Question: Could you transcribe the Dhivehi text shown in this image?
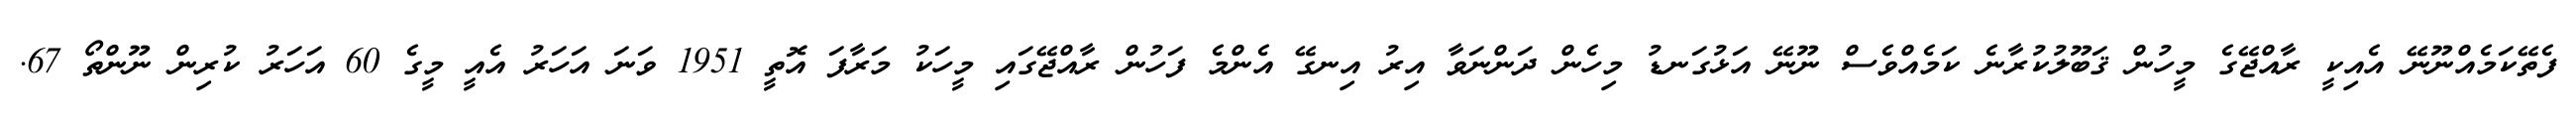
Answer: ފެތޭކަމެއްނޫނޭ އެއިކީ ރާއްޖޭގެ މީހުން ޤަބޫލުކުރާނެ ކަމެއްވެސް ނޫނޭ އަޅުގަނޑު މިހެން ދަންނަވާ އިރު އިނގޭ އެންމެ ފަހުން ރާއްޖޭގައި މީހަކު މަރާފަ އޮތީ 1951 ވަނަ އަހަރު އެއީ މީގެ 60 އަހަރު ކުރިން ނޫންތޯ 67.